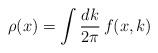
LaTeX: \begin{align*}\rho(x)=\int\frac{dk}{2\pi}\, f(x,k)\end{align*}